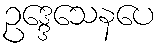
ဥဒ္ဒေသေနပေ